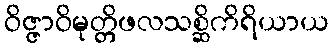
ဝိဇ္ဇာဝိမုတ္တိဖလသစ္ဆိကိရိယာယ